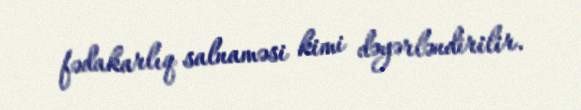
fədakarlıq salnaməsi kimi dəyərləndirilir.